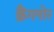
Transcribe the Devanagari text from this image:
क्रैंगनोर